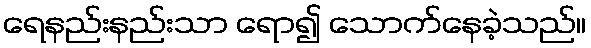
ရေနည်းနည်းသာ ရော၍ သောက်နေခဲ့သည်။